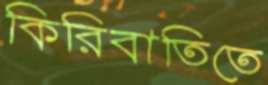
কিরিবাতিতে